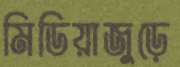
মিডিয়াজুড়ে